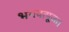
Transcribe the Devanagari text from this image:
भगवत्पूजा।